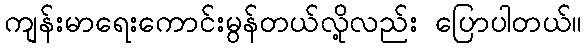
ကျန်းမာရေးကောင်းမွန်တယ်လို့လည်း ပြောပါတယ်။